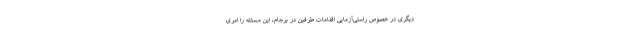
دیگری در خصوص راستی‌آزمایی اقدامات طرفین در برجام، این مسئله را امری